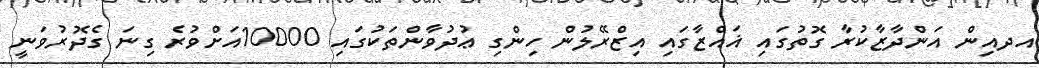
އދއިން އަންދާޒާކުރާ ގޮތުގައި ޣައްޒާގައި އިޒްރޭލުން ހިންގި ޢުދުވާންތަކުގައި 10000އަށްވުރެ ގިނަ ގެދޮރުވަނީ